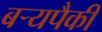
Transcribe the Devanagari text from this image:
बर्‍यपैकी